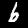
Label: 6